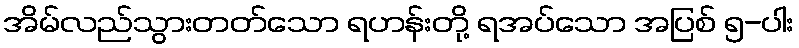
အိမ်လည်သွားတတ်သော ရဟန်းတို့ ရအပ်သော အပြစ် ၅-ပါး